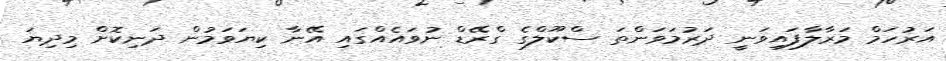
އަރުހަމް މަރާލާފައިވަނީ ދަރުމަވަންތަ ސްކޫލްގެ ގްރޭޑް ނުވައެއްގައި އޭނާ ކިޔަވަމުން ދަނިކޮށް މިދިޔަ